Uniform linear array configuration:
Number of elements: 4
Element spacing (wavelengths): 0.5
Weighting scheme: cosine
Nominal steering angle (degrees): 15
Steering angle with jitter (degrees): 13.664
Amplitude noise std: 0.05
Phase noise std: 0.05

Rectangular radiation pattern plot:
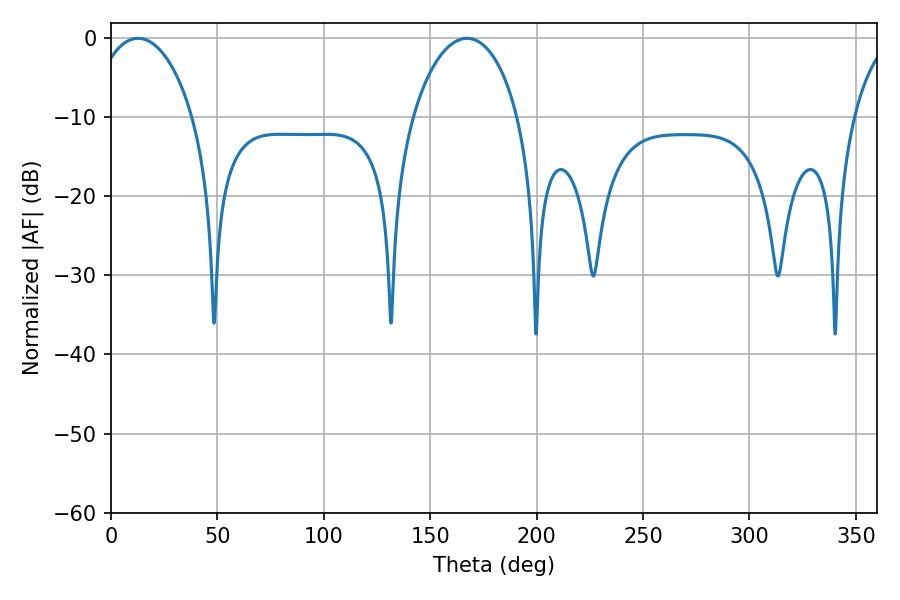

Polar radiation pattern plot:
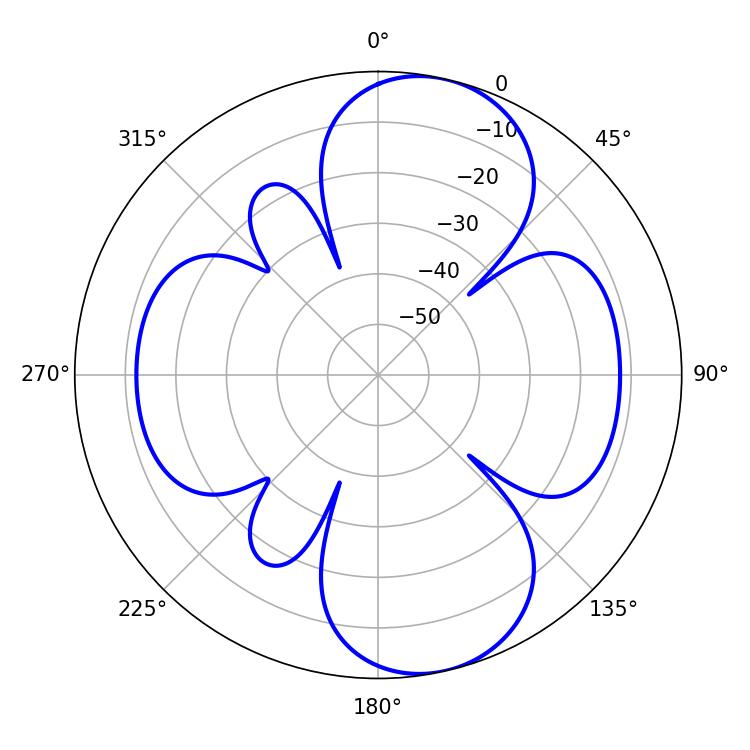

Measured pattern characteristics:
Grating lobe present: FALSE
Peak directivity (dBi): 9.386
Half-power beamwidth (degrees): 27.18
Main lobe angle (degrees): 12.78